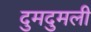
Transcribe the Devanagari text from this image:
दुमदुमली